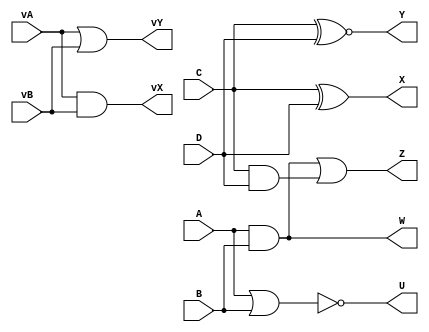
module gates // module and name
    (
        input A, B, C, D,
        input[3:0] vA, vB,
        output W, U, X, Y, Z,
        output[3:0] vX, vY
    );

    assign W = A & B;    // scalar AND Gate
    assign U = ~(A | B); // scalar NOR Gate
    assign X = C ^ D;    // scalar XOR Gate
    assign Y = C ~^ D;   // scalar XNOR Gate
    assign Z = (A & B) | (C & D); // AND-OR gates
    assign vX = vA & vB; // Vector bitwise AND
    assign vY = vA | vB; // Vector bitwise OR

endmodule //gates